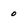
Character: 0